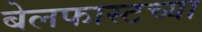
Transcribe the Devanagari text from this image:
बेलफास्टच्या